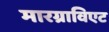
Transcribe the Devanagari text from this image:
मारग्राविएट